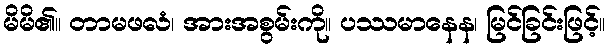
မိမိ၏။ တာမဖလံ၊ အားအစွမ်းကို။ ပဿမာနေန၊ မြင်ခြင်းဖြင့်။